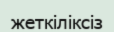
жеткіліксіз